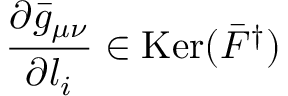
{ \frac { \partial \bar { g } _ { \mu \nu } } { \partial l _ { i } } } \in \mathrm { K e r } ( \bar { F } ^ { \dagger } )